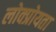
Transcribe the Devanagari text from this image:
लोक्प्रोयता